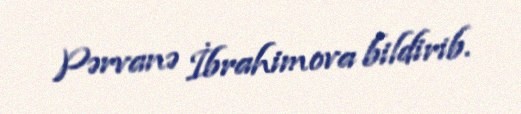
Pərvanə İbrahimova bildirib.